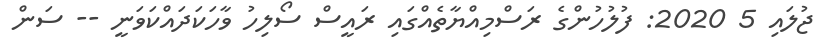
ޖުލައި 5 2020: ފުލުހުންގެ ރަސްމިއްޔާތެއްގައި ރައީސް ސޯލިހު ވާހަކަދައްކަވަނީ -- ސަން